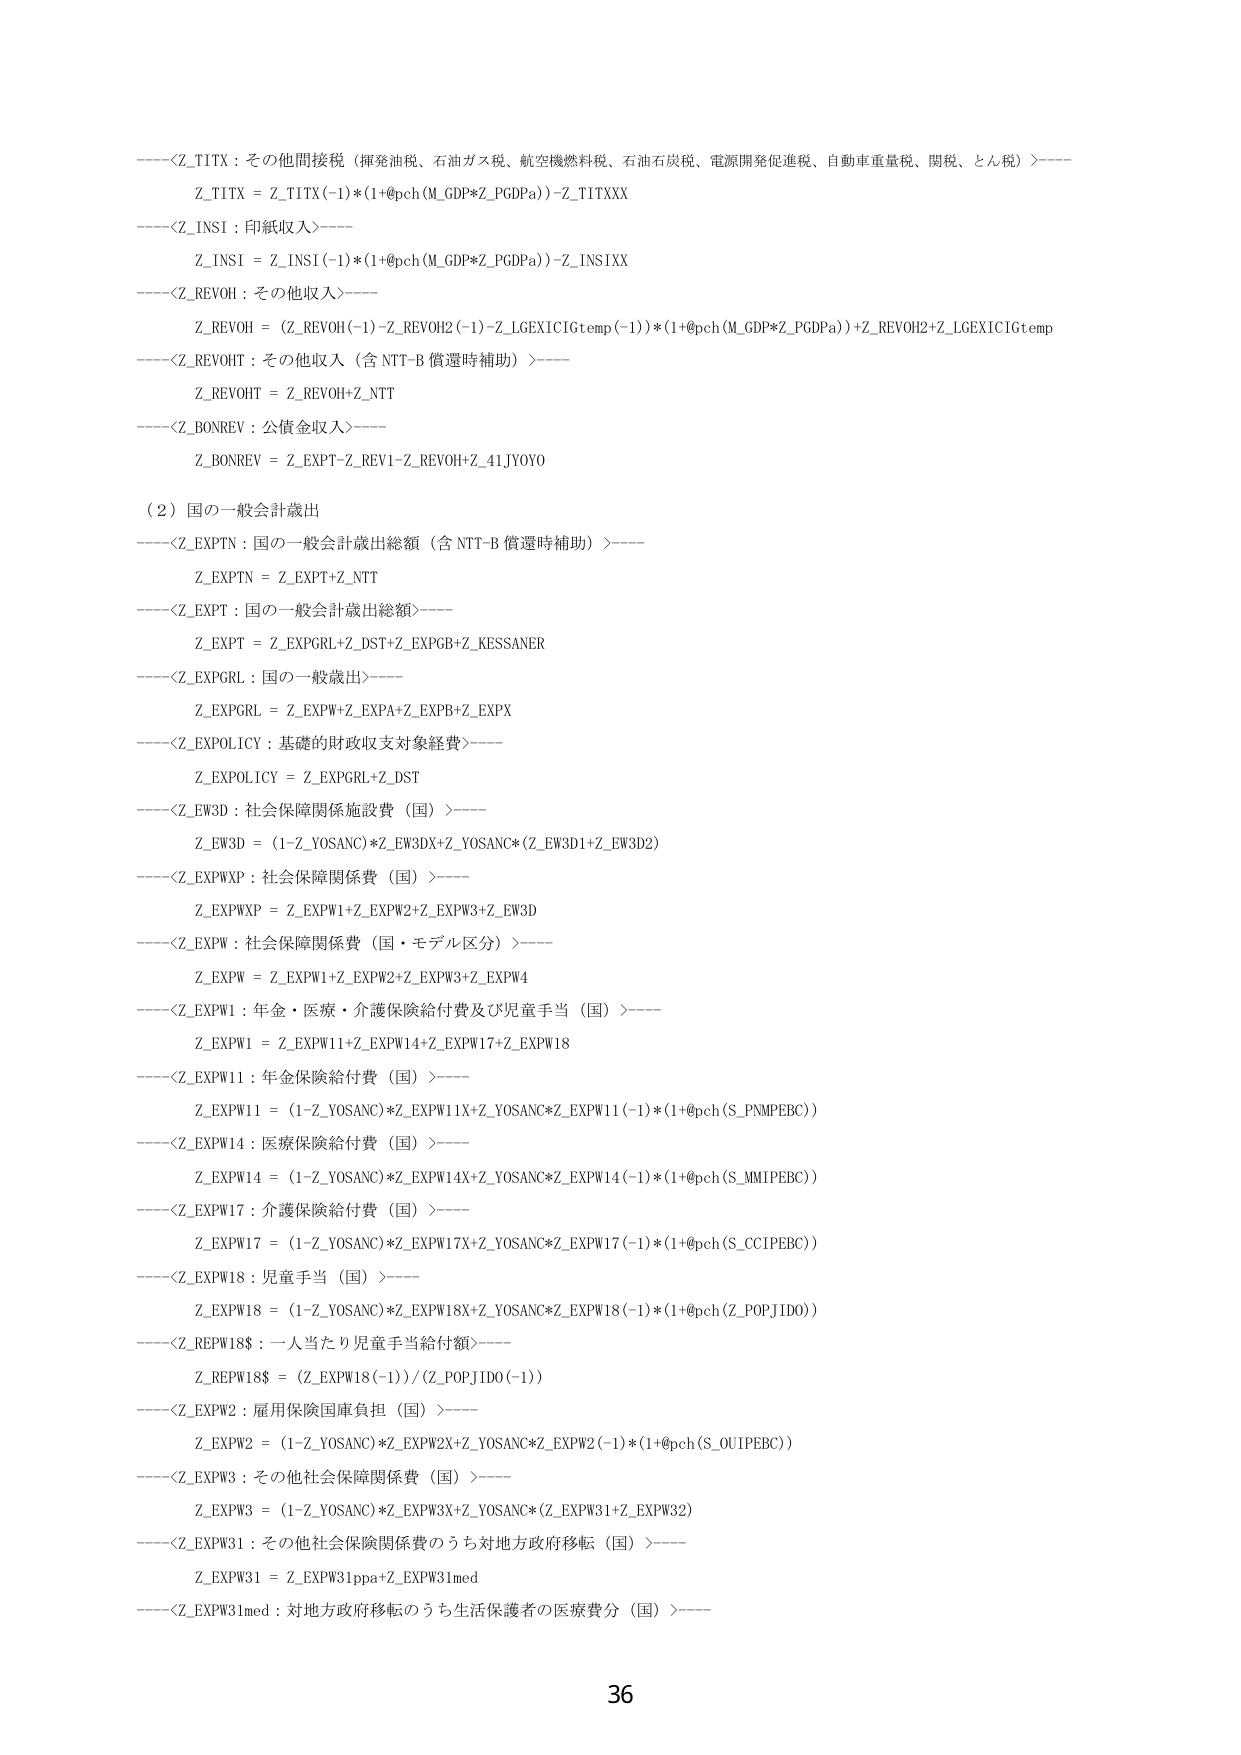
----<Z_TITX : その他間接税（揮発油税、石油ガス税、航空機燃料税、石油石炭税、電源開発促進税、自動車重量税、関税、とん税）>----
Z_TITX = Z_TITX(-1)*(1+@pch(M_GDP*Z_PGDPa))-Z_TITXXX
----<Z_INSI : 印紙収入>----
Z_INSI = Z_INSI(-1)*(1+@pch(M_GDP*Z_PGDPa))-Z_INSIXX
----<Z_REVOH : その他収入>----
Z_REVOH = (Z_REVOH(-1)-Z_REVOH2(-1)-Z_LGEXICIGtemp(-1))*(1+@pch(M_GDP*Z_PGDPa))+Z_REVOH2+Z_LGEXICIGtemp
----<Z_REVOHT : その他収入（含 NTT-B 償還時補助）>----
Z_REVOHT = Z_REVOH+Z_NTT
----<Z_BONREV : 公債金収入>----
Z_BONREV = Z_EXPT-Z_REV1-Z_REVOH+Z_41JYOYO

（2）国の一般会計歳出
----<Z_EXPTN : 国の一般会計歳出総額（含 NTT-B 償還時補助）>----
Z_EXPTN = Z_EXPT+Z_NTT
----<Z_EXPT : 国の一般会計歳出総額>----
Z_EXPT = Z_EXPGRL+Z_DST+Z_EXPGPB+Z_KESSANER
----<Z_EXPGRL : 国の一般歳出>----
Z_EXPGRL = Z_EXPW+Z_EXPA+Z_EXPB+Z_EXPX
----<Z_EXPOLICY : 基礎的財政収支対象経費>----
Z_EXPOLICY = Z_EXPGRL+Z_DST
----<Z_EW3D : 社会保障関係施設費（国）>----
Z_EW3D = (1-Z_YOSANC)*Z_EW3DX+Z_YOSANC*(Z_EW3D1+Z_EW3D2)
----<Z_EXPWXP : 社会保障関係費（国）>----
Z_EXPWXP = Z_EXPW1+Z_EXPW2+Z_EXPW3+Z_EW3D
----<Z_EXPW : 社会保障関係費（国・モデル区分）>----
Z_EXPW = Z_EXPW1+Z_EXPW2+Z_EXPW3+Z_EXPW4
----<Z_EXPW1 : 年金・医療・介護保険給付費及び児童手当（国）>----
Z_EXPW1 = Z_EXPW11+Z_EXPW14+Z_EXPW17+Z_EXPW18
----<Z_EXPW11 : 年金保険給付費（国）>----
Z_EXPW11 = (1-Z_YOSANC)*Z_EXPW11X+Z_YOSANC*Z_EXPW11(-1)*(1+@pch(S_PNMPEBC))
----<Z_EXPW14 : 医療保険給付費（国）>----
Z_EXPW14 = (1-Z_YOSANC)*Z_EXPW14X+Z_YOSANC*Z_EXPW14(-1)*(1+@pch(S_MMIPBEC))
----<Z_EXPW17 : 介護保険給付費（国）>----
Z_EXPW17 = (1-Z_YOSANC)*Z_EXPW17X+Z_YOSANC*Z_EXPW17(-1)*(1+@pch(S_CCIPEBC))
----<Z_EXPW18 : 児童手当（国）>----
Z_EXPW18 = (1-Z_YOSANC)*Z_EXPW18X+Z_YOSANC*Z_EXPW18(-1)*(1+@pch(Z_POPJIDO))
----<Z_REPW18$ : 一人当たり児童手当給付額>----
Z_REPW18$ = (Z_EXPW18(-1))/(Z_POPJIDO(-1))
----<Z_EXPW2 : 雇用保険国庫負担（国）>----
Z_EXPW2 = (1-Z_YOSANC)*Z_EXPW2X+Z_YOSANC*Z_EXPW2(-1)*(1+@pch(S_OUIPEBC))
----<Z_EXPW3 : その他社会保障関係費（国）>----
Z_EXPW3 = (1-Z_YOSANC)*Z_EXPW3X+Z_YOSANC*(Z_EXPW31+Z_EXPW32)
----<Z_EXPW31 : その他社会保障関係費のうち対地方政府移転（国）>----
Z_EXPW31 = Z_EXPW31ppa+Z_EXPW31med
----<Z_EXPW31med : 対地方政府移転のうち生活保護者の医療費分（国）>----

36